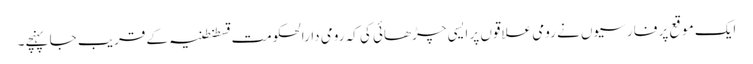
ایک موقع پر فارسیوں نے رومی علاقوں پر ایسی چڑھائی کی کہ رومی دارالحکومت قسطنطنیہ کے قریب جا پہنچے۔